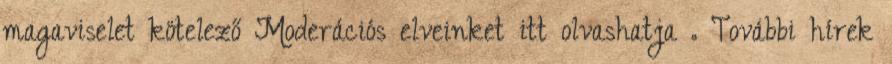
magaviselet kötelező Moderációs elveinket itt olvashatja . További hírek